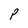
Character: P